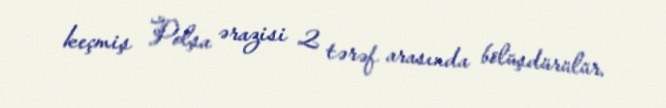
keçmiş Polşa ərazisi 2 tərəf arasında bölüşdürülür.